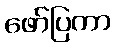
ဖော်ပြကာ